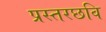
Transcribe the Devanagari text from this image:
प्रस्तरछवि